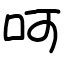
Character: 呵